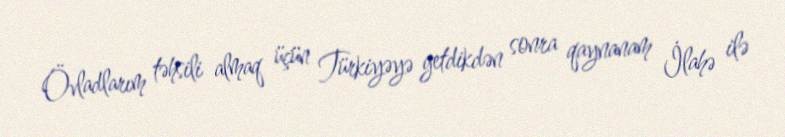
Övladlarım təhsili almaq üçün Türkiyəyə getdikdən sonra qaynanam İlahə ilə